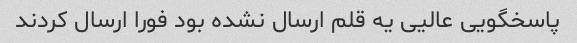
پاسخگویی عالیی یه قلم ارسال نشده بود فورا ارسال کردند